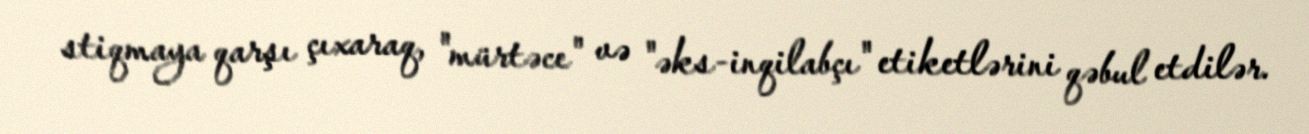
stiqmaya qarşı çıxaraq, "mürtəce" və "əks-inqilabçı" etiketlərini qəbul etdilər.